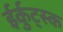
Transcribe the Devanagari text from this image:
ईर्कुट्स्क